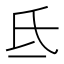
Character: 氐